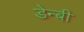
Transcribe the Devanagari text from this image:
डेन्‍बी